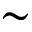
\sim